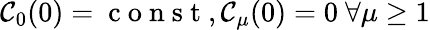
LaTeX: \mathcal{C}_{0}(0)=\mathrm{{~c~o~n~s~t~}},\mathcal{C}_{\mu}(0)=0\ \forall\mu\geq1